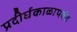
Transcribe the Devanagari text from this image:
प्रदीर्घकाळापर्यंत